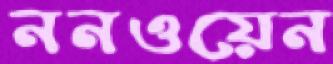
ননওয়েন